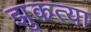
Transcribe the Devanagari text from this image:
झुकत्या